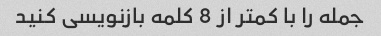
جمله را با کمتر از 8 کلمه بازنویسی کنید